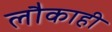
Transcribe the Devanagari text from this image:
लौकाही